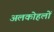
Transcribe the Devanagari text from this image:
अलकोहलों